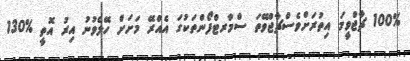
100% ޗާޖްވީމަ އިތުރަށްވެސްޗާޖްވޭތަ ސްމާރޓްފޯންތަކުގަ އެއްރޭ މަށަށް ހޭލެވުނު އިރު އޮތީ %130